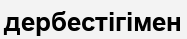
дербестігімен